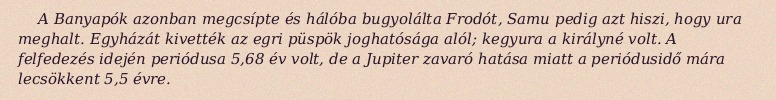
A Banyapók azonban megcsípte és hálóba bugyolálta Frodót, Samu pedig azt hiszi, hogy ura meghalt. Egyházát kivették az egri püspök joghatósága alól; kegyura a királyné volt. A felfedezés idején periódusa 5,68 év volt, de a Jupiter zavaró hatása miatt a periódusidő mára lecsökkent 5,5 évre.